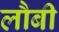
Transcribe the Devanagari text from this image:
लौबी